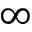
\infty